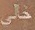
خالي